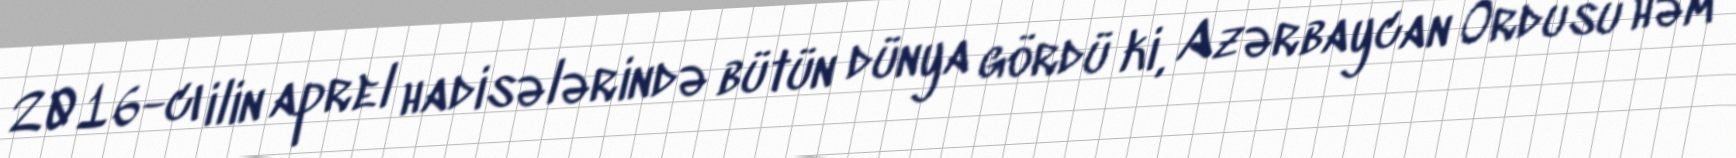
2016-cı ilin aprel hadisələrində bütün dünya gördü ki, Azərbaycan Ordusu həm